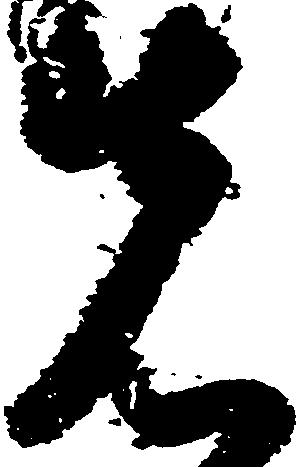
先